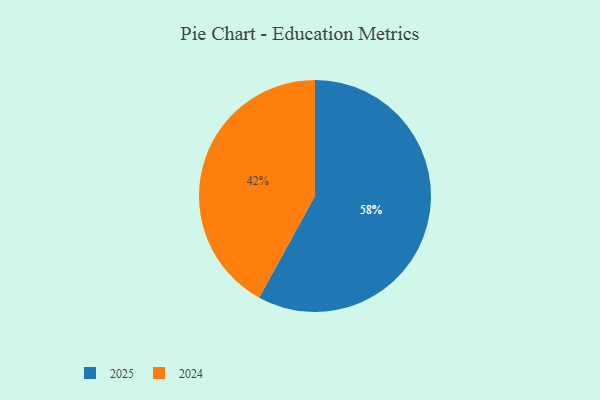
{"axis": {"x": "Category", "y": "Percentage"}, "legend": ["2024", "2025"], "data": [{"x": "2024", "y": 42, "type": "2024"}, {"x": "2025", "y": 58, "type": "2025"}]}